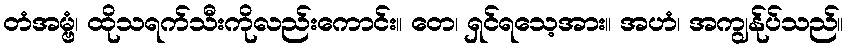
တံအမ္ဗံ၊ ထိုသရက်သီးကိုလည်းကောင်း။ တေ၊ ရှင်ရသေ့အား။ အဟံ၊ အကျွန်ုပ်သည်။